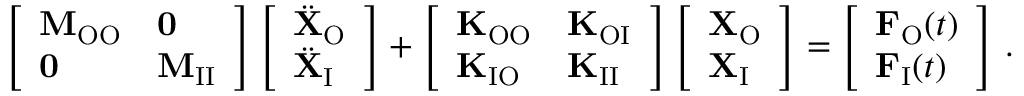
\left[ \begin{array} { l l } { \mathbf { M } _ { \mathrm { O O } } } & { \mathbf { 0 } } \\ { \mathbf { 0 } } & { \mathbf { M } _ { \mathrm { I I } } } \end{array} \right] \left[ \begin{array} { l } { \ddot { \mathbf { X } } _ { \mathrm { O } } } \\ { \ddot { \mathbf { X } } _ { \mathrm { I } } } \end{array} \right] + \left[ \begin{array} { l l } { \mathbf { K } _ { \mathrm { O O } } } & { \mathbf { K } _ { \mathrm { O I } } } \\ { \mathbf { K } _ { \mathrm { I O } } } & { \mathbf { K } _ { \mathrm { I I } } } \end{array} \right] \left[ \begin{array} { l } { \mathbf { X } _ { \mathrm { O } } } \\ { \mathbf { X } _ { \mathrm { I } } } \end{array} \right] = \left[ \begin{array} { l } { \mathbf { F } _ { \mathrm { O } } ( t ) } \\ { \mathbf { F } _ { \mathrm { I } } ( t ) } \end{array} \right] \, .